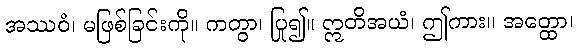
အဿဝံ၊ မဖြစ်ခြင်းကို။ ကတွာ၊ ပြု၍။ ဣတိအယံ၊ ဤကား။ အတ္ထော၊